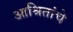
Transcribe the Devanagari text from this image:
आश्रितांचे